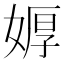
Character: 𮱎